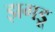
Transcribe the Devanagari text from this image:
झगडू